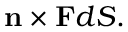
\mathbf { n } \times \mathbf { F } d S .